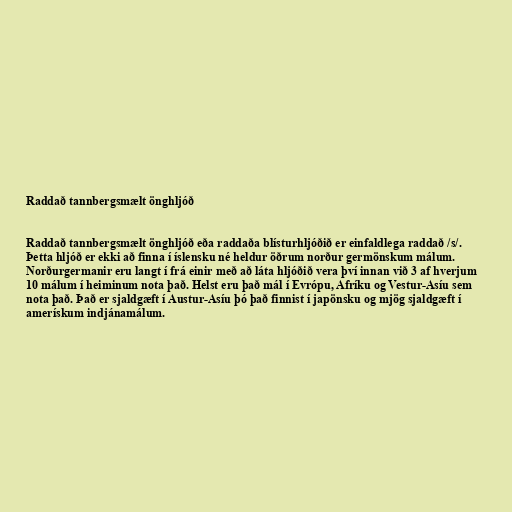
Raddað tannbergsmælt önghljóð

Raddað tannbergsmælt önghljóð eða raddaða blísturhljóðið er einfaldlega raddað /s/.
Þetta hljóð er ekki að finna í íslensku né heldur öðrum norður germönskum málum.
Norðurgermanir eru langt í frá einir með að láta hljóðið vera því innan við 3 af hverjum
10 málum í heiminum nota það. Helst eru það mál í Evrópu, Afríku og Vestur-Asíu sem
nota það. Það er sjaldgæft í Austur-Asíu þó það finnist í japönsku og mjög sjaldgæft í
amerískum indjánamálum.